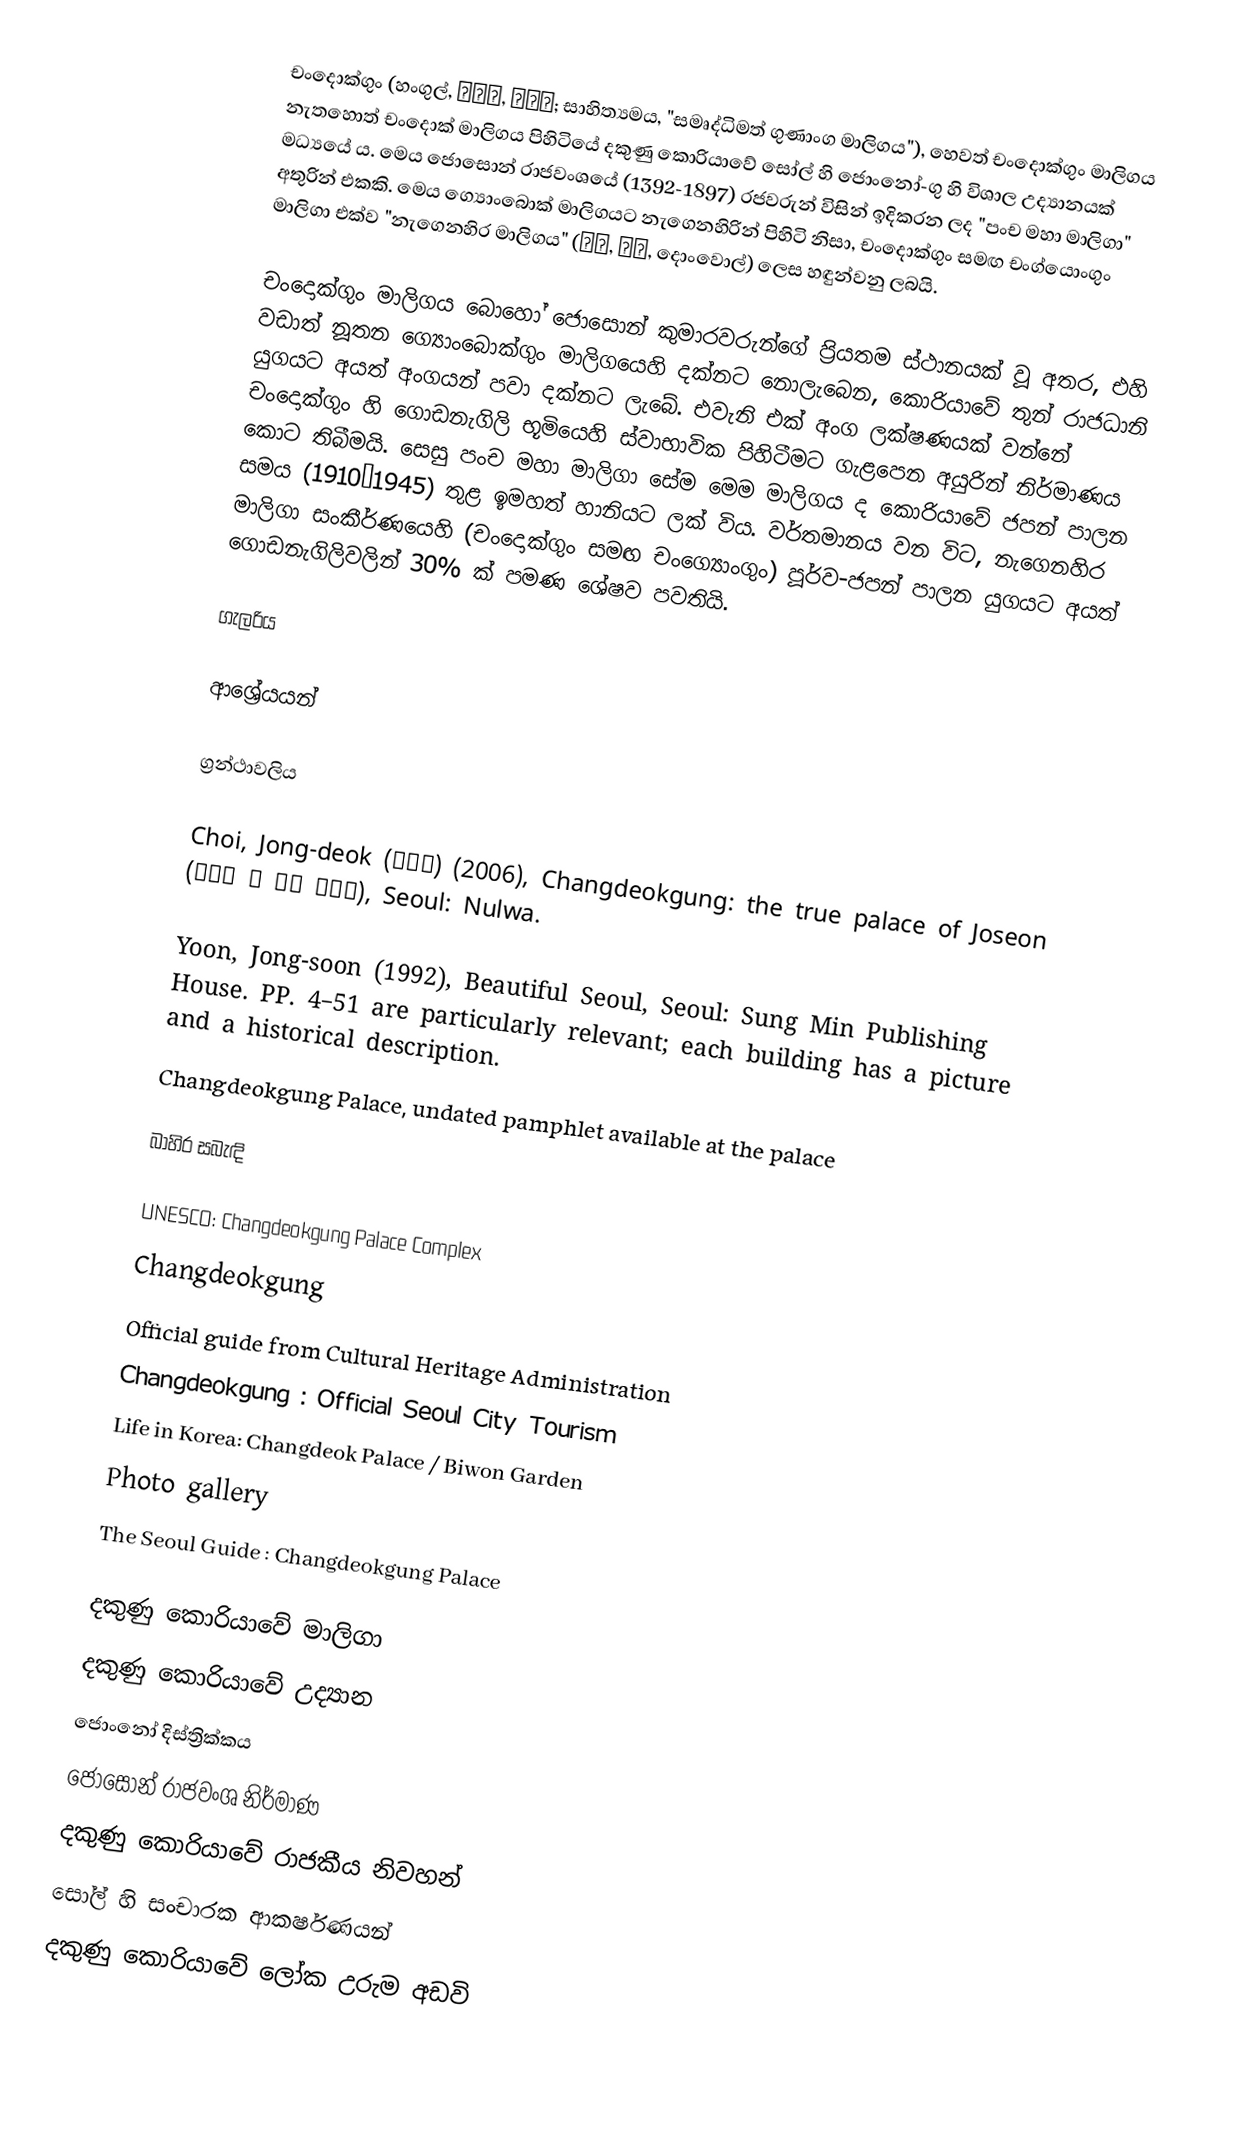
චංදොක්ගුං (හංගුල්, 창덕궁, 昌德宮; සාහිත්‍යමය, "සමෘද්ධිමත් ගුණාංග මාලිගය"), හෙවත් චංදොක්ගුං මාලිගය නැතහොත් චංදොක් මාලිගය පිහිටියේ දකුණු කොරියාවේ සෝල් හි ජොංනෝ-ගු හි විශාල උද්‍යානයක් මධ්‍යයේ ය. මෙය ජොසොන් රාජවංශයේ (1392-1897) රජවරුන් විසින් ඉදිකරන ලද "පංච මහා මාලිගා" අතුරින් එකකි. මෙය ග්‍යොංබොක් මාලිගයට නැගෙනහිරින් පිහිටි නිසා, චංදොක්ගුං සමඟ චංග්යොංගුං මාලිගා එක්ව "නැගෙනහිර මාලිගය" (동궐, 東闕, දොංවොල්) ලෙස හඳුන්වනු ලබයි.

චංදොක්ගුං මාලිගය බොහෝ ජොසොන් කුමාරවරුන්ගේ ප්‍රියතම ස්ථානයක් වූ අතර, එහි වඩාත් නූතන ග්‍යොංබොක්ගුං මාලිගයෙහි දක්නට නොලැබෙන, කොරියාවේ තුන් රාජධානි යුගයට අයත් අංගයන් පවා දක්නට ලැබේ. එවැනි එක් අංග ලක්ෂණයක් වන්නේ චංදොක්ගුං හි ගොඩනැගිලි භූමියෙහි ස්වාභාවික පිහිටීමට ගැළපෙන අයුරින් නිර්මාණය කොට තිබීමයි. සෙසු පංච මහා මාලිගා සේම මෙම මාලිගය ද කොරියාවේ ජපන් පාලන සමය (1910–1945) තුළ ඉමහත් හානියට ලක් විය. වර්තමානය වන විට, නැගෙනහිර මාලිගා සංකීර්ණයෙහි (චංදොක්ගුං සමඟ චංග්‍යොංගුං) පූර්ව-ජපන් පාලන යුගයට අයත් ගොඩනැගිලිවලින් 30% ක් පමණ ශේෂව පවතියි.

ගැලරිය

ආශ්‍රේයයන්

ග්‍රන්ථාවලිය

 Choi, Jong-deok (최종덕) (2006), Changdeokgung: the true palace of Joseon (조선의 참 궁궐 창덕궁), Seoul: Nulwa.

 Yoon, Jong-soon (1992), Beautiful Seoul, Seoul: Sung Min Publishing House. PP. 4–51 are particularly relevant; each building has a picture and a historical description.
 Changdeokgung Palace, undated pamphlet available at the palace

බාහිර සබැඳි

 UNESCO: Changdeokgung Palace Complex
 Changdeokgung
 Official guide from Cultural Heritage Administration
 Changdeokgung : Official Seoul City Tourism
 Life in Korea: Changdeok Palace / Biwon Garden
 Photo gallery
 The Seoul Guide : Changdeokgung Palace

දකුණු කොරියාවේ මාලිගා
දකුණු කොරියාවේ උද්‍යාන
ජොංනෝ දිස්ත්‍රික්කය
ජොසොන් රාජවංශ නිර්මාණ
දකුණු කොරියාවේ රාජකීය නිවහන්
සෝල් හි සංචාරක ආකර්ෂණයන්
දකුණු කොරියාවේ ලෝක උරුම අඩවි